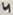
Text: 4